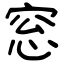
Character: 窓